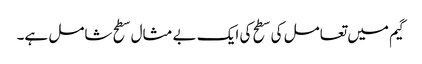
گیم میں تعامل کی سطح کی ایک بے مثال سطح شامل ہے۔